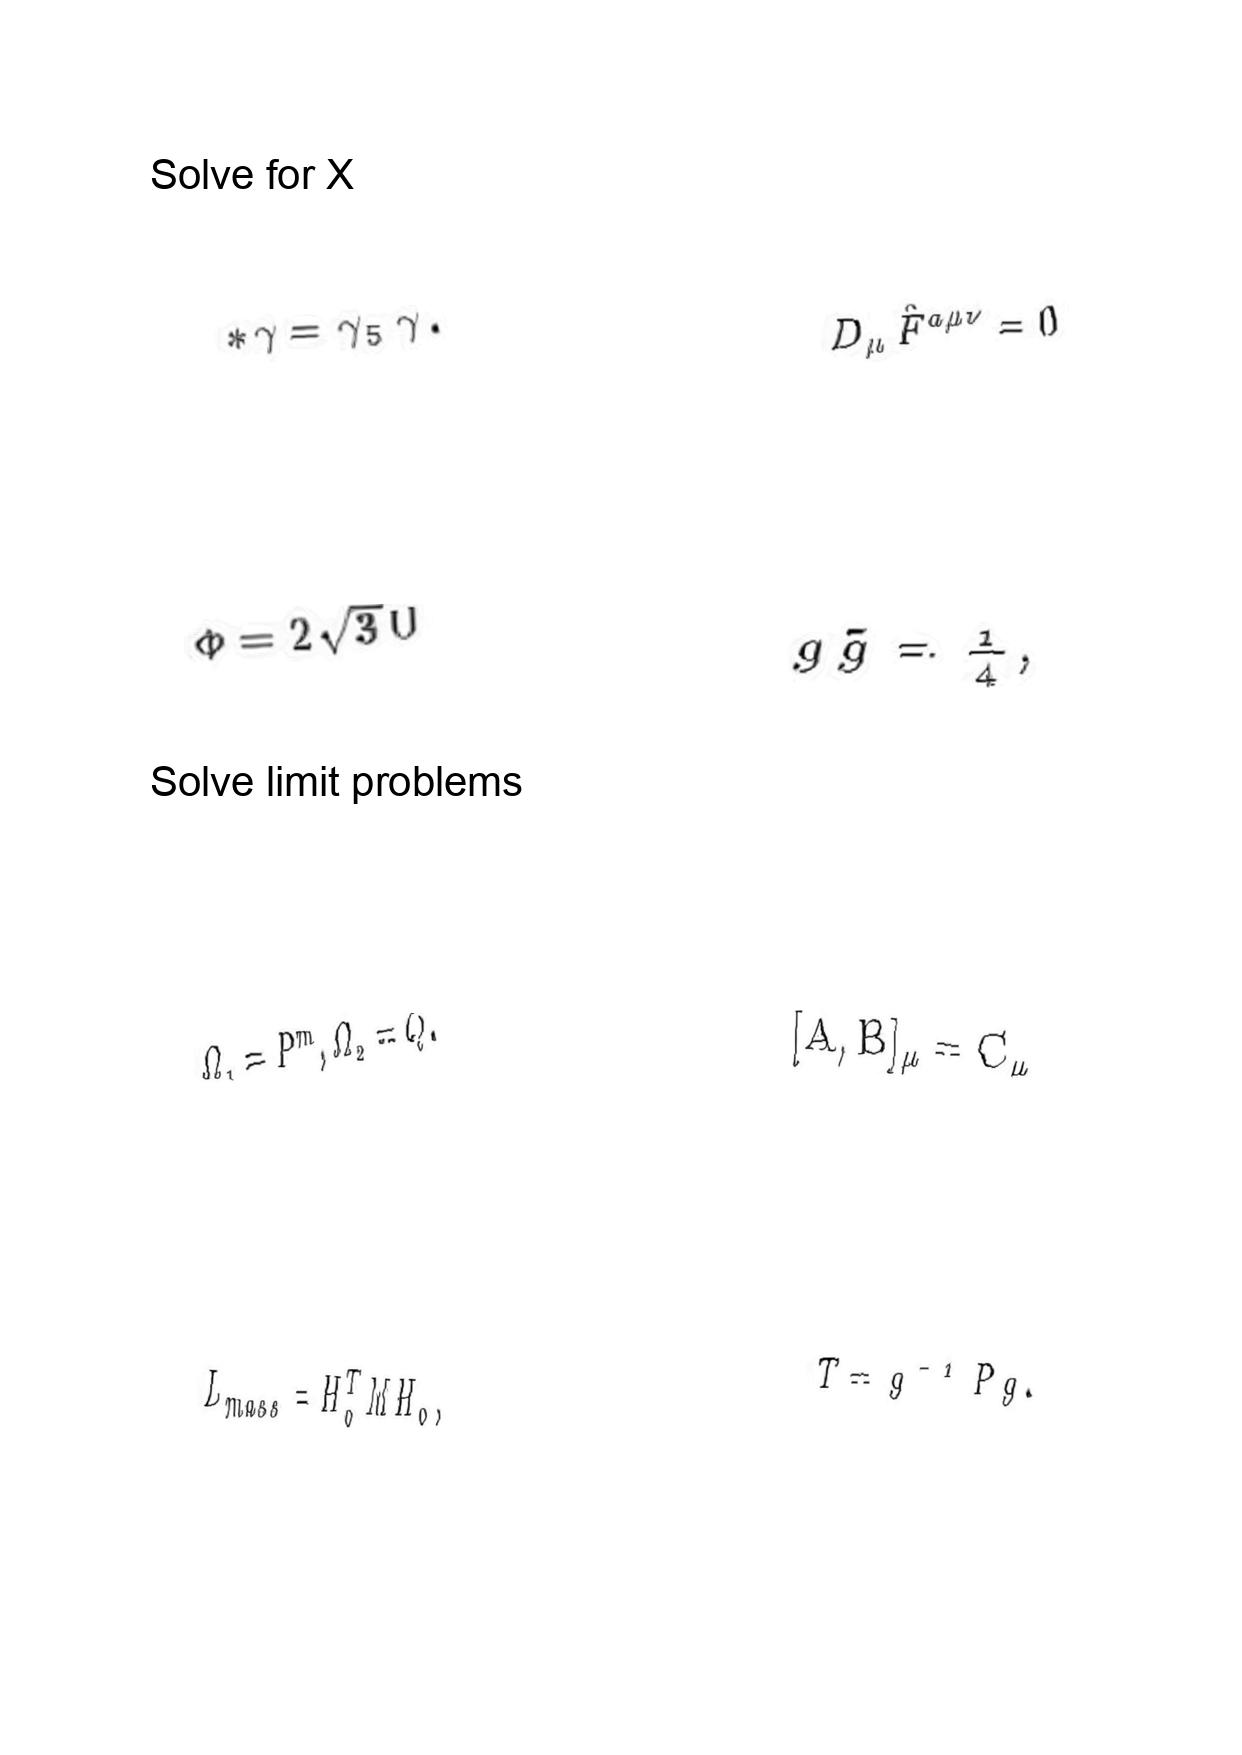
LaTeX transcription:
\ast \gamma = \gamma _ { 5 } \gamma .
\Phi = 2 \sqrt { 3 } U
\Omega _ { 1 } = P ^ { m } , \Omega _ { 2 } = Q .
L _ { m a s s } = H _ { 0 } ^ { T } M H _ { 0 } ,
D _ { \mu } \hat { F } ^ { a \mu \nu } = 0
g \tilde { g } = \frac { 1 } { 4 } ,
\lbrack A , B \rbrack _ { \mu } = C _ { \mu }
T = g ^ { - 1 } P g .